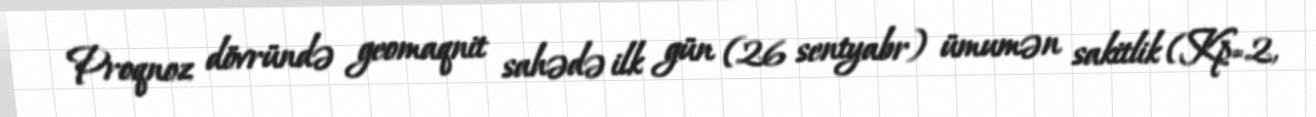
Proqnoz dövründə geomaqnit sahədə ilk gün (26 sentyabr) ümumən sakitlik (Kp=2,